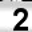
Digit: 2